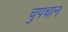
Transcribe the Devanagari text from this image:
चुपचान